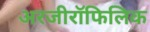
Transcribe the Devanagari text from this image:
अरजीरॉफिलिक